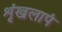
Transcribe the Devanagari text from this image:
शृंखलापं